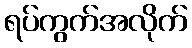
ရပ်ကွက်အလိုက်